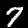
Digit: 7